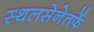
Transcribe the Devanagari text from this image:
स्थलसेनेतर्फे